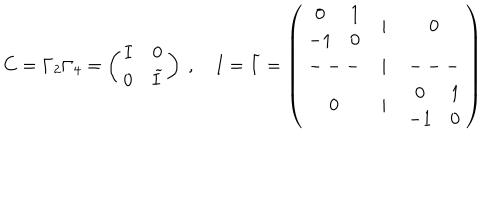
LaTeX: C = \Gamma _ { 2 } \Gamma _ { 4 } = \left( \begin{array} { c c } { { I } } & { { 0 } } \\ { { 0 } } & { { \widetilde { I } } } \\ \end{array} \right) \ , \quad I = \widetilde { I } = \left( \begin{array} { c c c } { { \begin{array} { c c } { { 0 } } & { { 1 } } \\ { { - 1 } } & { { 0 } } \\ \end{array} } } & { { | } } & { { 0 } } \\ { { --- } } & { { | } } & { { --- } } \\ { { 0 } } & { { | } } & { { \begin{array} { c c } { { 0 } } & { { 1 } } \\ { { - 1 } } & { { 0 } } \\ \end{array} } } \\ \end{array} \right)